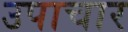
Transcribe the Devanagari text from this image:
उपाचार